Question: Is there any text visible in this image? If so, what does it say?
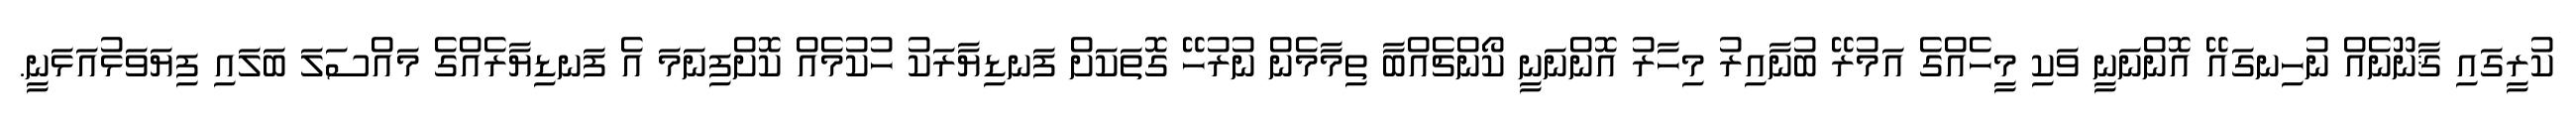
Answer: ކުރީގައި ޤާނޫނެއް ނުހިނގައޭ އޮންނަނީ ވަކި މީހެއްގެ އަމުރޭ ބުނާއިރު މިހާރު އޮންނަނީ ކޯންޗެއްބާ ތިމާމެން ނުރުހޭ ގޮތަކަށް ފަނޑިޔާރަކު ހުކުމެއް ކޮށްފިނަމަ އެ ފަނޑިޔާރެއްގެ މައްސަލަ ބަލައި ފިޔަވަޅުއަޅަނީ.